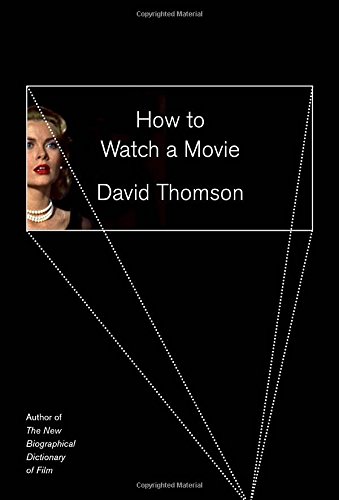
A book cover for How to Watch a Movie; David Thomson; Humor & Entertainment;